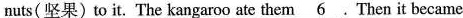
nuts(坚果)to it. The kangaroo ate them \underline{6}.Then it became